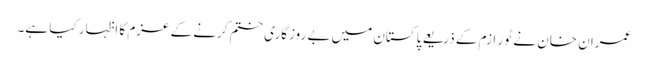
عمران خان نے ٹو ر ازم کے ذریعے پاکستان میں بے روزگاری ختم کرنے کے عزم کا اظہار کیا ہے۔